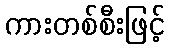
ကားတစ်စီးဖြင့်